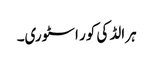
ہرالڈ کی کور اسٹوری۔